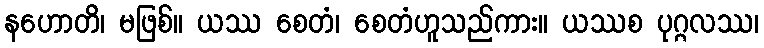
နဟောတိ၊ မဖြစ်။ ယဿ စေတံ၊ စေတံဟူသည်ကား။ ယဿစ ပုဂ္ဂလဿ၊